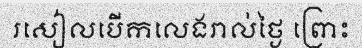
រសៀលបើកលេងរាល់ថ្ងៃ ព្រោះ